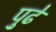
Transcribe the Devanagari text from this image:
पु्ढे